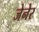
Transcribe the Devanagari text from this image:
जेनेर